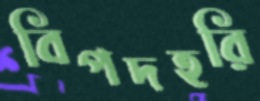
বিপদহরি